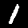
Digit: 1